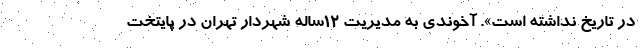
در تاریخ نداشته است». آخوندی به مدیریت ۱۲ساله شهردار تهران در پایتخت